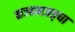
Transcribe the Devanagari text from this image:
कञ्चनजङ्घा